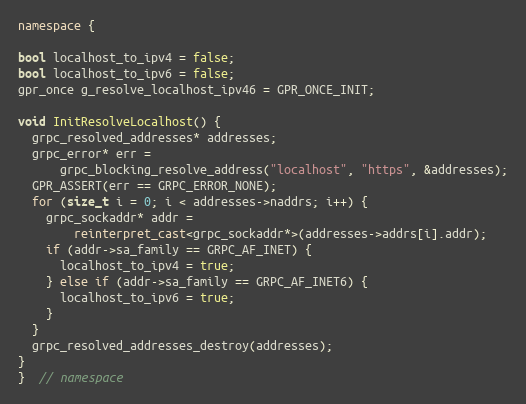
Language: C++
namespace {

bool localhost_to_ipv4 = false;
bool localhost_to_ipv6 = false;
gpr_once g_resolve_localhost_ipv46 = GPR_ONCE_INIT;

void InitResolveLocalhost() {
  grpc_resolved_addresses* addresses;
  grpc_error* err =
      grpc_blocking_resolve_address("localhost", "https", &addresses);
  GPR_ASSERT(err == GRPC_ERROR_NONE);
  for (size_t i = 0; i < addresses->naddrs; i++) {
    grpc_sockaddr* addr =
        reinterpret_cast<grpc_sockaddr*>(addresses->addrs[i].addr);
    if (addr->sa_family == GRPC_AF_INET) {
      localhost_to_ipv4 = true;
    } else if (addr->sa_family == GRPC_AF_INET6) {
      localhost_to_ipv6 = true;
    }
  }
  grpc_resolved_addresses_destroy(addresses);
}
}  // namespace